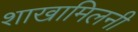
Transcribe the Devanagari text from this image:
शाखामिलनी